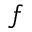
f